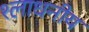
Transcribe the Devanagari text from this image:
श्लाधनीय